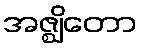
အဇ္ဈိတော